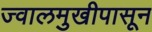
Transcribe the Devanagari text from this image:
ज्वालमुखीपासून